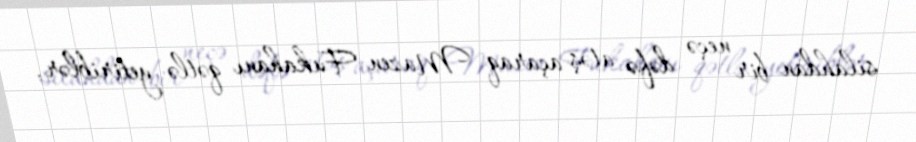
silahdan bir neçə dəfə atəş açaraq Mazen Fukahanı qətlə yetiriblər.